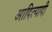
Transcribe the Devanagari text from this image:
आदित्यादी